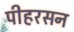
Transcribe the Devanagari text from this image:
पीहरसन